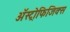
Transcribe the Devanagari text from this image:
अॅस्ट्रोफिजिक्स